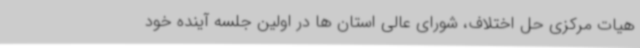
هیات مرکزی حل اختلاف، شورای عالی استان ها در اولین جلسه آینده خود